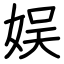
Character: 娱